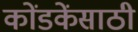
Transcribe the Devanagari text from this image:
कोंडकेंसाठी